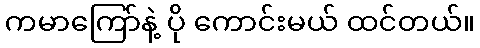
ကမာကြော်နဲ့ ပို ကောင်းမယ် ထင်တယ်။